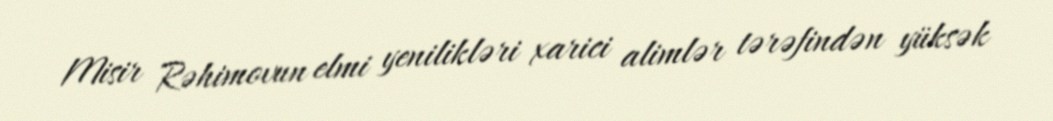
Misir Rəhimovun elmi yenilikləri xarici alimlər tərəfindən yüksək